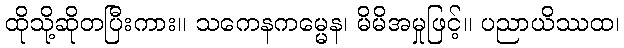
ထိုသို့ဆိုတပြီးကား။ သကေနကမ္မေန၊ မိမိအမှုဖြင့်။ ပညာယိဿထ၊